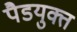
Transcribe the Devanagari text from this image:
पैडयुक्त